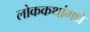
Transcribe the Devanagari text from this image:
लोककथांमधे